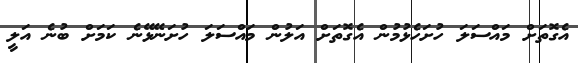
އެގޮތަށް މައްސަލަ ހުށަހެޅުމުން އެގޮތަށް އަލުން މައްސަލަ ހުށަނޭޅޭނެ ކަމަށް ބުނެ އަލީ